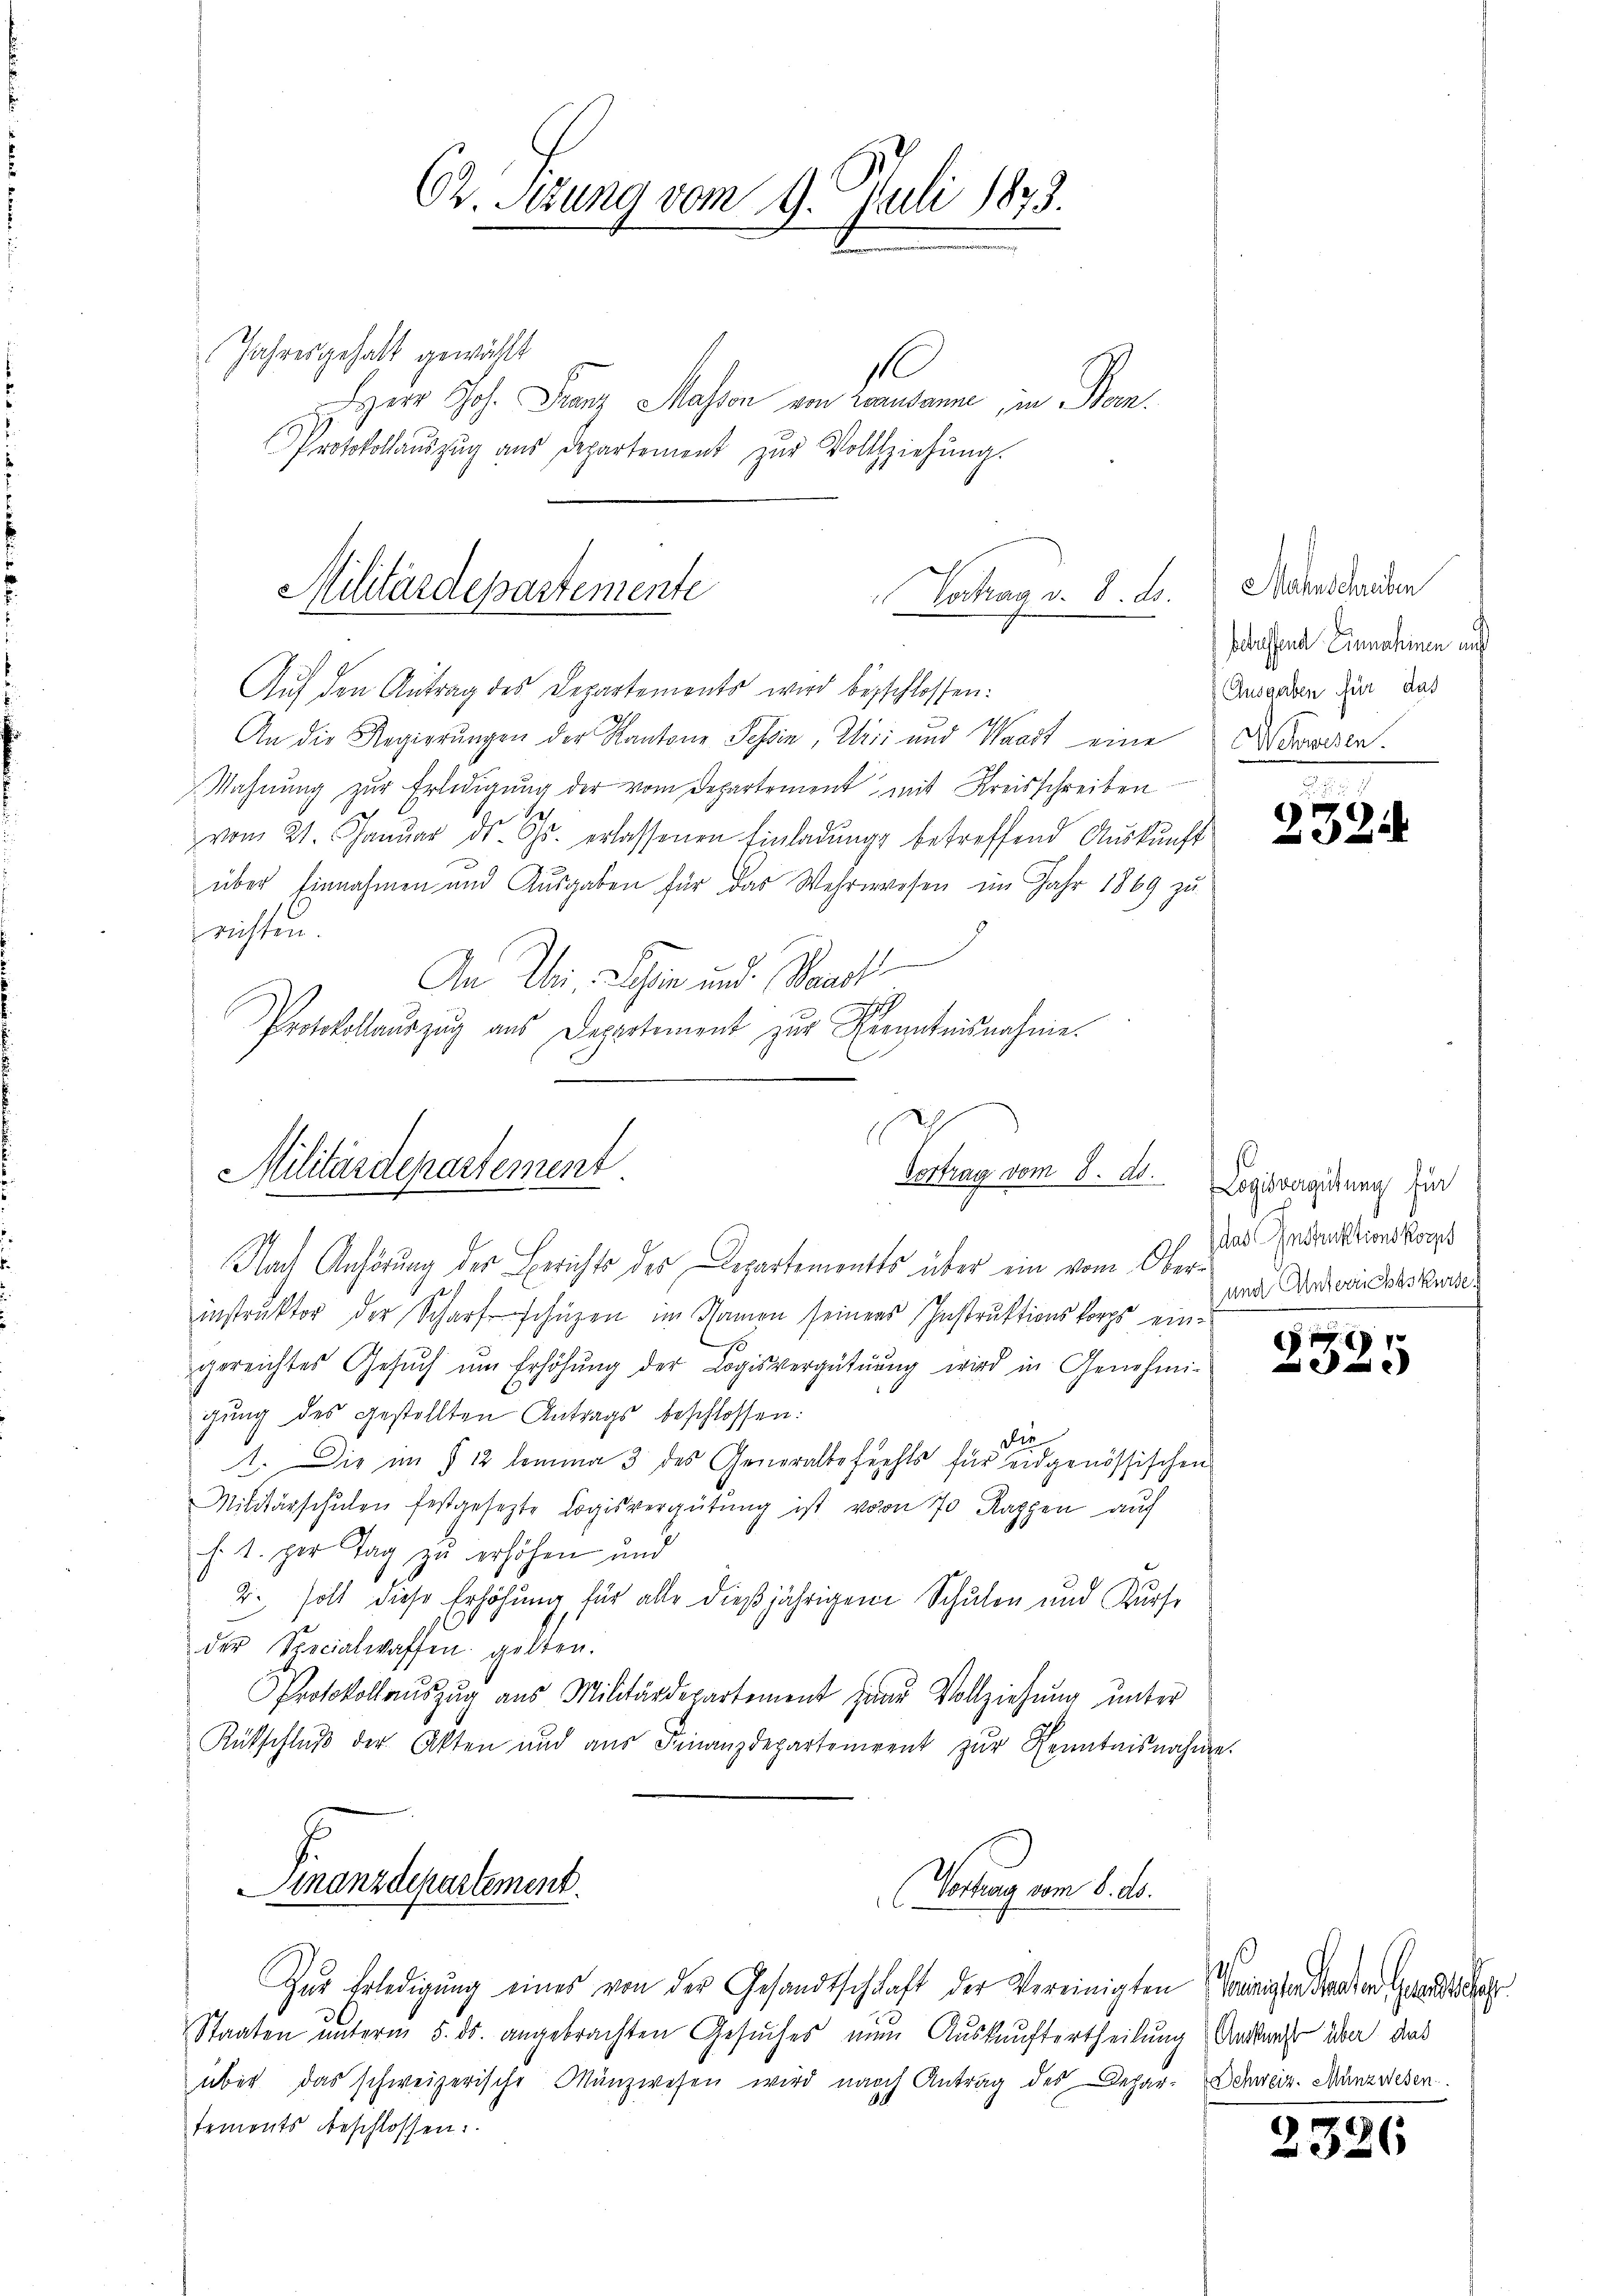
Herr Joh. Franz Masson von Lausanne, in Bern.
Protokollaŭszŭg aŭs Departement zŭr Vollziehŭng.

Militärdepartemente
Vortrag v. 8. ds.
Auf den Antrag des Departements wird beschlossen:

Ch. Sizung vom 9. Juli 1873.
Jahresgehalt gewählt
s

An die Regierungen der Kantone Tessin, Irii und Waadt eine
Mahnung zur Erledigung der vom Departement mit Kreisschreiben
Ses
vom 21. Januar ds. Gs. erlassenen Einladung betreffend Auskunft
über Einnahmen und Ausgaben für das Wehrwesen im Jahr 1869 zu
richten.
An Uri, legen und Standt
Protokollauszug aus Departement zur Kenntnisnahme.
.

Zur Erledigung eines von der Gesandtschaft der Vereinigten Trinister Standen nachg
Staaten unterm 5. ds. angebrachten Gesuches nun Auskunftertheilung Antrag über, das
über das schweizerische Manzwesen wird nach Antrag des Depar- Schweiz. Münzwesen.
temonts beschlossen:

Nach Anhörung des Berichts des Departementes über ein vom Oberinstruktor der Scharfschüzen im Namen seines Instruktionskorps eingereichtes Gesŭch ŭm Erhöhŭng der Logisvergütŭŭng wird in Genehmi-
gung des gestellten Antrags beschlossen:
1 die
1. Die im § 12 lemma 3 des Generalbefechts für eidgenössischen
Militärschulen festgesezte Logisvergütung ist vom 70 Rappen auf
f. 1. per Tag zu erhöhen und
2. soll diese Erhöhung für alle dießjährigen Schulen und Kurse
der Specialwaffen gelten.
Protokollauszug aus Militärdepartement jene Vollziehung unter
Rütschlŭβ der Akten und aŭs Finanzdepartement zŭr Kenntnisnahme.

17
Militärdepartement.
Vertrag vom 8. ds.

Finanzdepartement.
Wortung vom 8. d.

Mahnschreiben
betreffend Einnahmen aus
Ausgaben für das
W Sausen.

232.

Logisvergütung für
das Instruktionskorpt
und Unterrichtskurse

e

2326